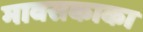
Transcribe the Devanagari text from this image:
मावसकाका